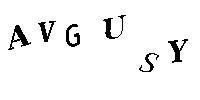
AVGUSY